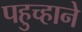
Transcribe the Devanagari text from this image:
पहुच्हाने